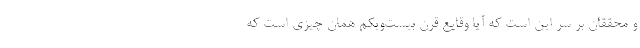
و محققان بر سر این است که آیا وقایع قرن بیست‌و‌یکم همان چیزی است که